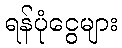
ရန်ပုံငွေများ